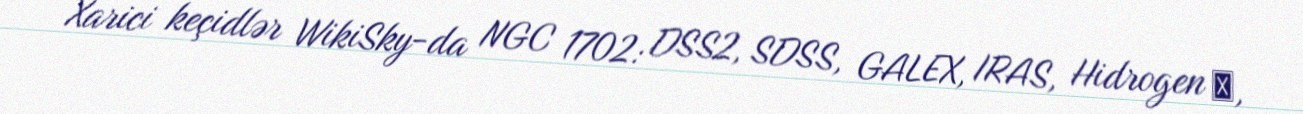
Xarici keçidlər WikiSky-da NGC 1702: DSS2, SDSS, GALEX, IRAS, Hidrogen α,